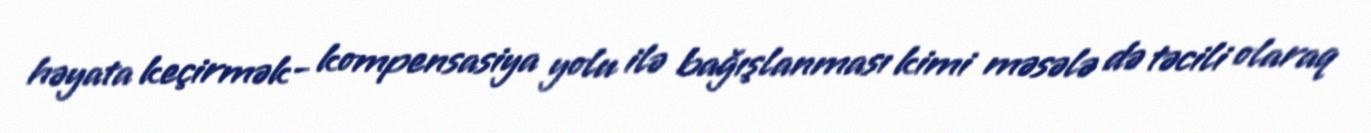
həyata keçirmək- kompensasiya yolu ilə bağışlanması kimi məsələ də təcili olaraq